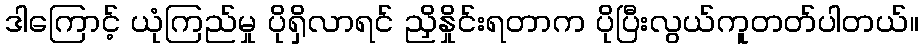
ဒါကြောင့် ယုံကြည်မှု ပိုရှိလာရင် ညှိနှိုင်းရတာက ပိုပြီးလွယ်ကူတတ်ပါတယ်။